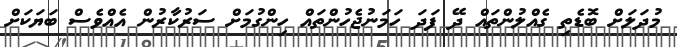
މުދަލަށް ބޮޑެތި ގެއްލުންތައް ދޭ ފަދަ ހަމަނުޖެހުންތައް ހިންގުމަށް ސަރުކާރުން އެއްވެސް ބަޔަކަށް